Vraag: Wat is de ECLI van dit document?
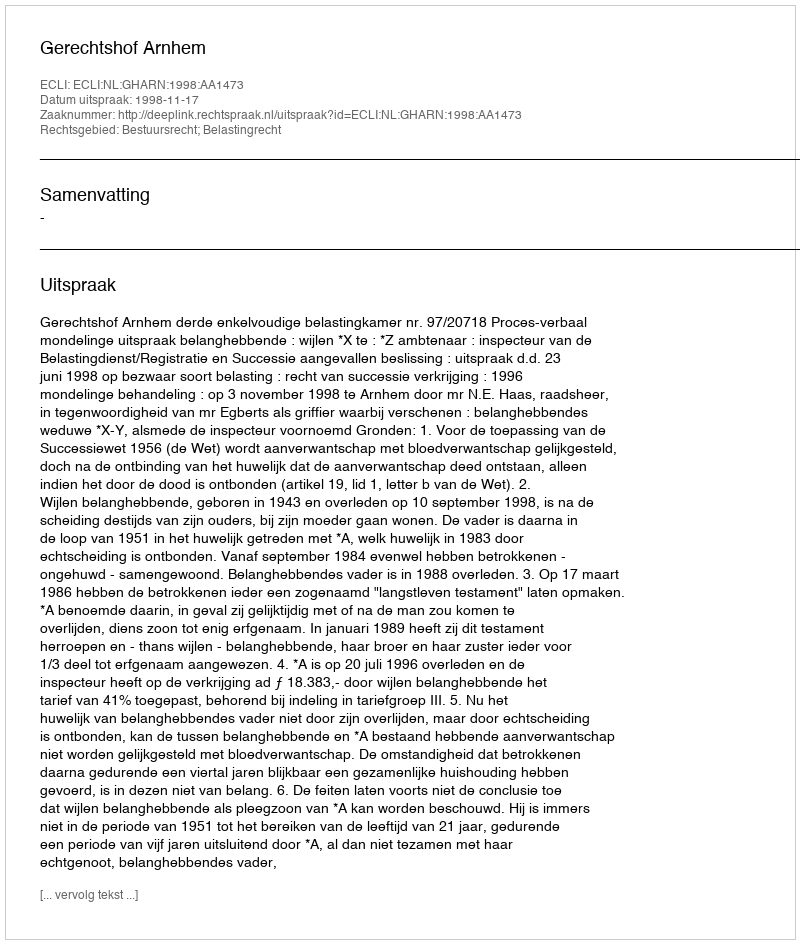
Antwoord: ECLI:NL:GHARN:1998:AA1473